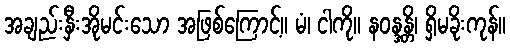
အချည်းနှီးအိုမင်းသော အဖြစ်ကြောင့်။ မံ၊ ငါကို။ နဝန္ဒန္တိ၊ ရှိမခိုးကုန်။